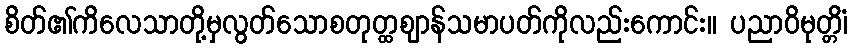
စိတ်၏ကိလေသာတို့မှလွတ်သောစတုတ္ထဈာန်သမာပတ်ကိုလည်းကောင်း။ ပညာဝိမုတ္တိံ၊